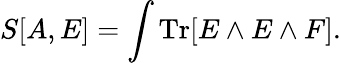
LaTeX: S[A,E]=\int\mathrm{Tr}[E\wedge E\wedge F].